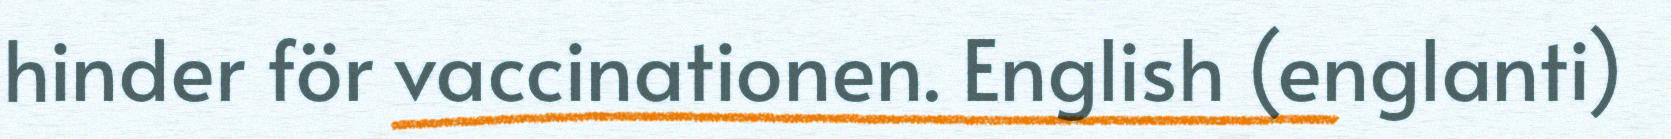
hinder för vaccinationen. English (englanti)